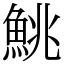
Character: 鮡